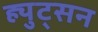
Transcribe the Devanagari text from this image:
ह्युट्सन